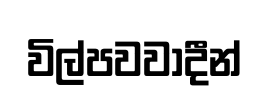
විල්පවවාදීන්